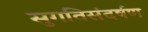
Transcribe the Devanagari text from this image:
सुगतिसंदर्षण